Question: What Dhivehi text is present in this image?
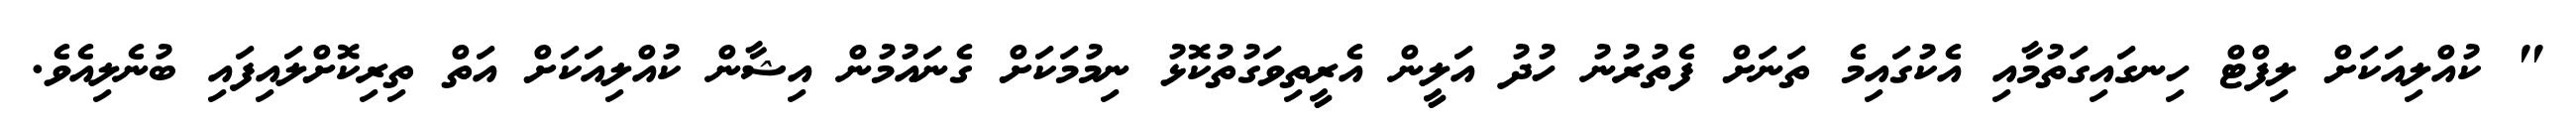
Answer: " ކުއްލިއަކަށް ލިފްޓް ހިނގައިގަތުމާއި އެކުގައިމެ ތަނަށް ފެތުރުނު ހުދު އަލީން އެރީތިވަގުތުކޮޅު ނިމުމަކަށް ގެނައުމުން އިޝާން ކުއްލިއަކަށް އަތް ތިރިކޮށްލައިފައި ބުނެލިއެވެ.